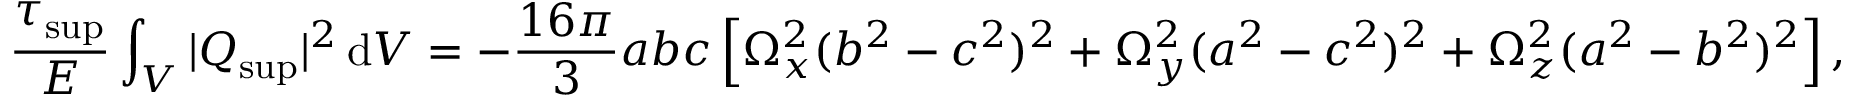
\frac { \tau _ { \mathrm { s u p } } } { E } \int _ { V } | \boldsymbol { Q } _ { \mathrm { s u p } } | ^ { 2 } \, \mathrm { d } V = - \frac { 1 6 \pi } { 3 } a b c \left[ \Omega _ { x } ^ { 2 } ( b ^ { 2 } - c ^ { 2 } ) ^ { 2 } + \Omega _ { y } ^ { 2 } ( a ^ { 2 } - c ^ { 2 } ) ^ { 2 } + \Omega _ { z } ^ { 2 } ( a ^ { 2 } - b ^ { 2 } ) ^ { 2 } \right] ,